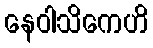
နေဝါသိကေဟိ